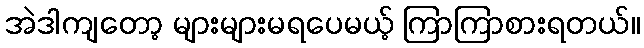
အဲဒါကျတော့ များများမရပေမယ့် ကြာကြာစားရတယ်။